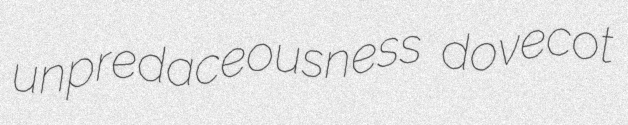
unpredaceousness dovecot